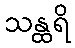
သန္ထရိ